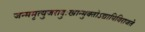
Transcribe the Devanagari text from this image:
जन्ममृत्युजरादुःखान्मुक्‍तोऽद्यापिविराजते